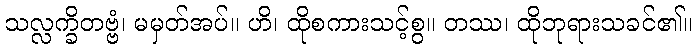
သလ္လက္ခိတဗ္ဗံ၊ မမှတ်အပ်။ ဟိ၊ ထိုစကားသင့်စွ။ တဿ၊ ထိုဘုရားသခင်၏။